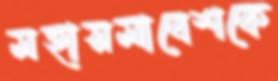
মহাসমাবেশকে